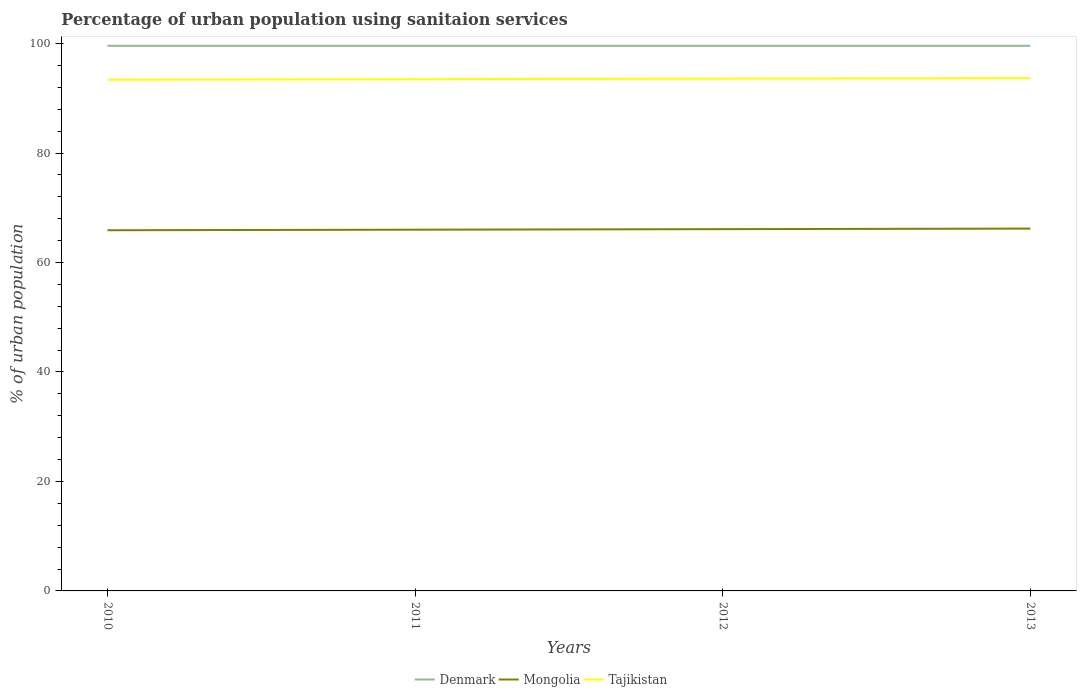
| Years | Denmark | Mongolia | Tajikistan |
 | --- | --- | --- | --- |
 | 2010 | 99.6 | 65.9 | 93.4 |
 | 2011 | 99.6 | 66 | 93.5 |
 | 2012 | 99.6 | 66.1 | 93.6 |
 | 2013 | 99.6 | 66.2 | 93.7 |